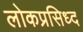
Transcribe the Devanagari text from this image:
लोकप्रसिध्द